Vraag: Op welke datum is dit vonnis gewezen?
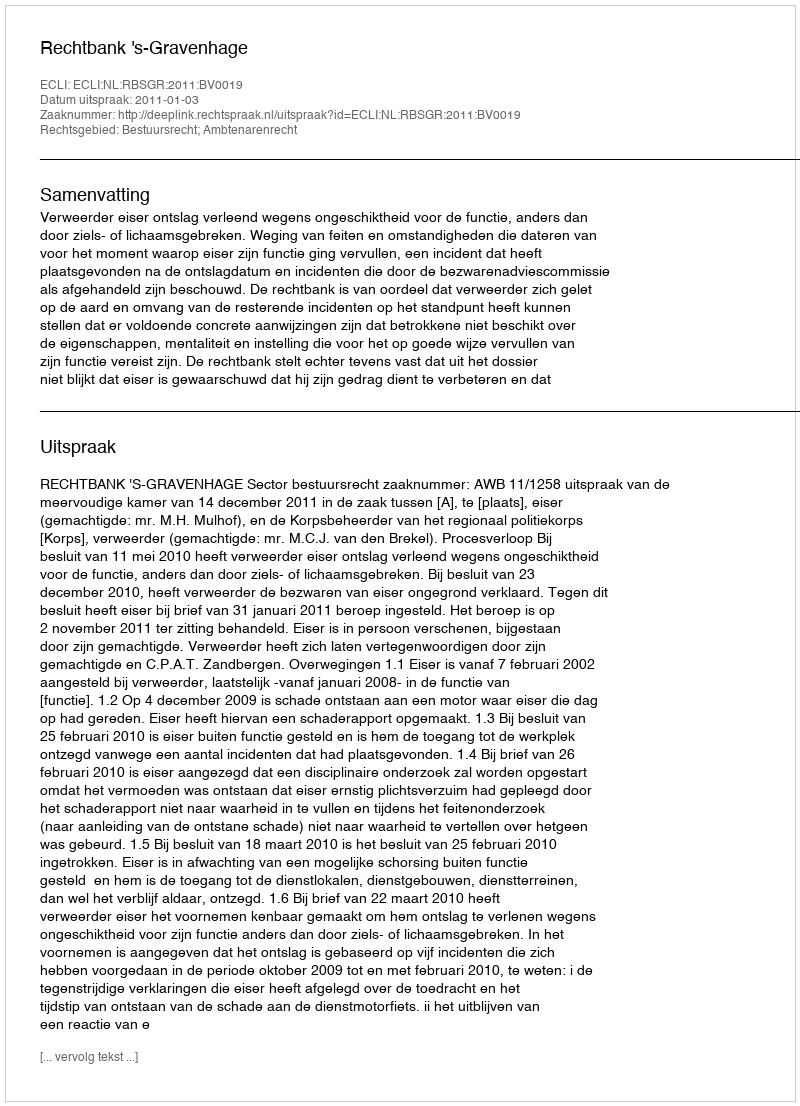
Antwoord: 2011-01-03